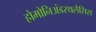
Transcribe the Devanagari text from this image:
होमोनिअंडरथलैसिस